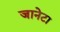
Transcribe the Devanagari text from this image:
जानेटा